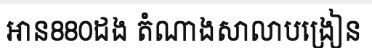
អាន880ដង តំណាងសាលាបង្រៀន